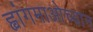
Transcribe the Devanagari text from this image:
ह्वांगमाओच्यान